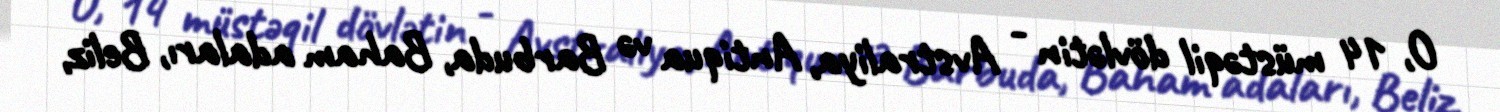
O, 14 müstəqil dövlətin - Avstraliya, Antiqua və Barbuda, Baham adaları, Beliz,